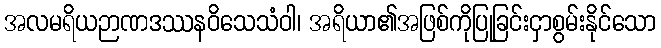
အလမရိယဉာဏဒဿနဝိသေသံဝါ၊ အရိယာ၏အဖြစ်ကိုပြုခြင်းငှာစွမ်းနိုင်သော